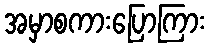
အမှာစကားပြောကြား